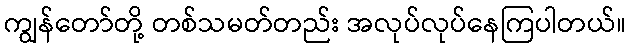
ကျွန်တော်တို့ တစ်သမတ်တည်း အလုပ်လုပ်နေကြပါတယ်။